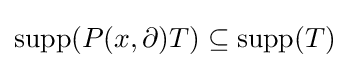
\operatorname {supp} (P(x,\partial )T)\subseteq \operatorname {supp} (T)